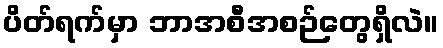
ပိတ်ရက်မှာ ဘာအစီအစဉ်တွေရှိလဲ။